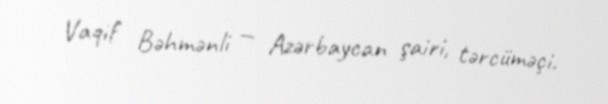
Vaqif Bəhmənli — Azərbaycan şairi, tərcüməçi.